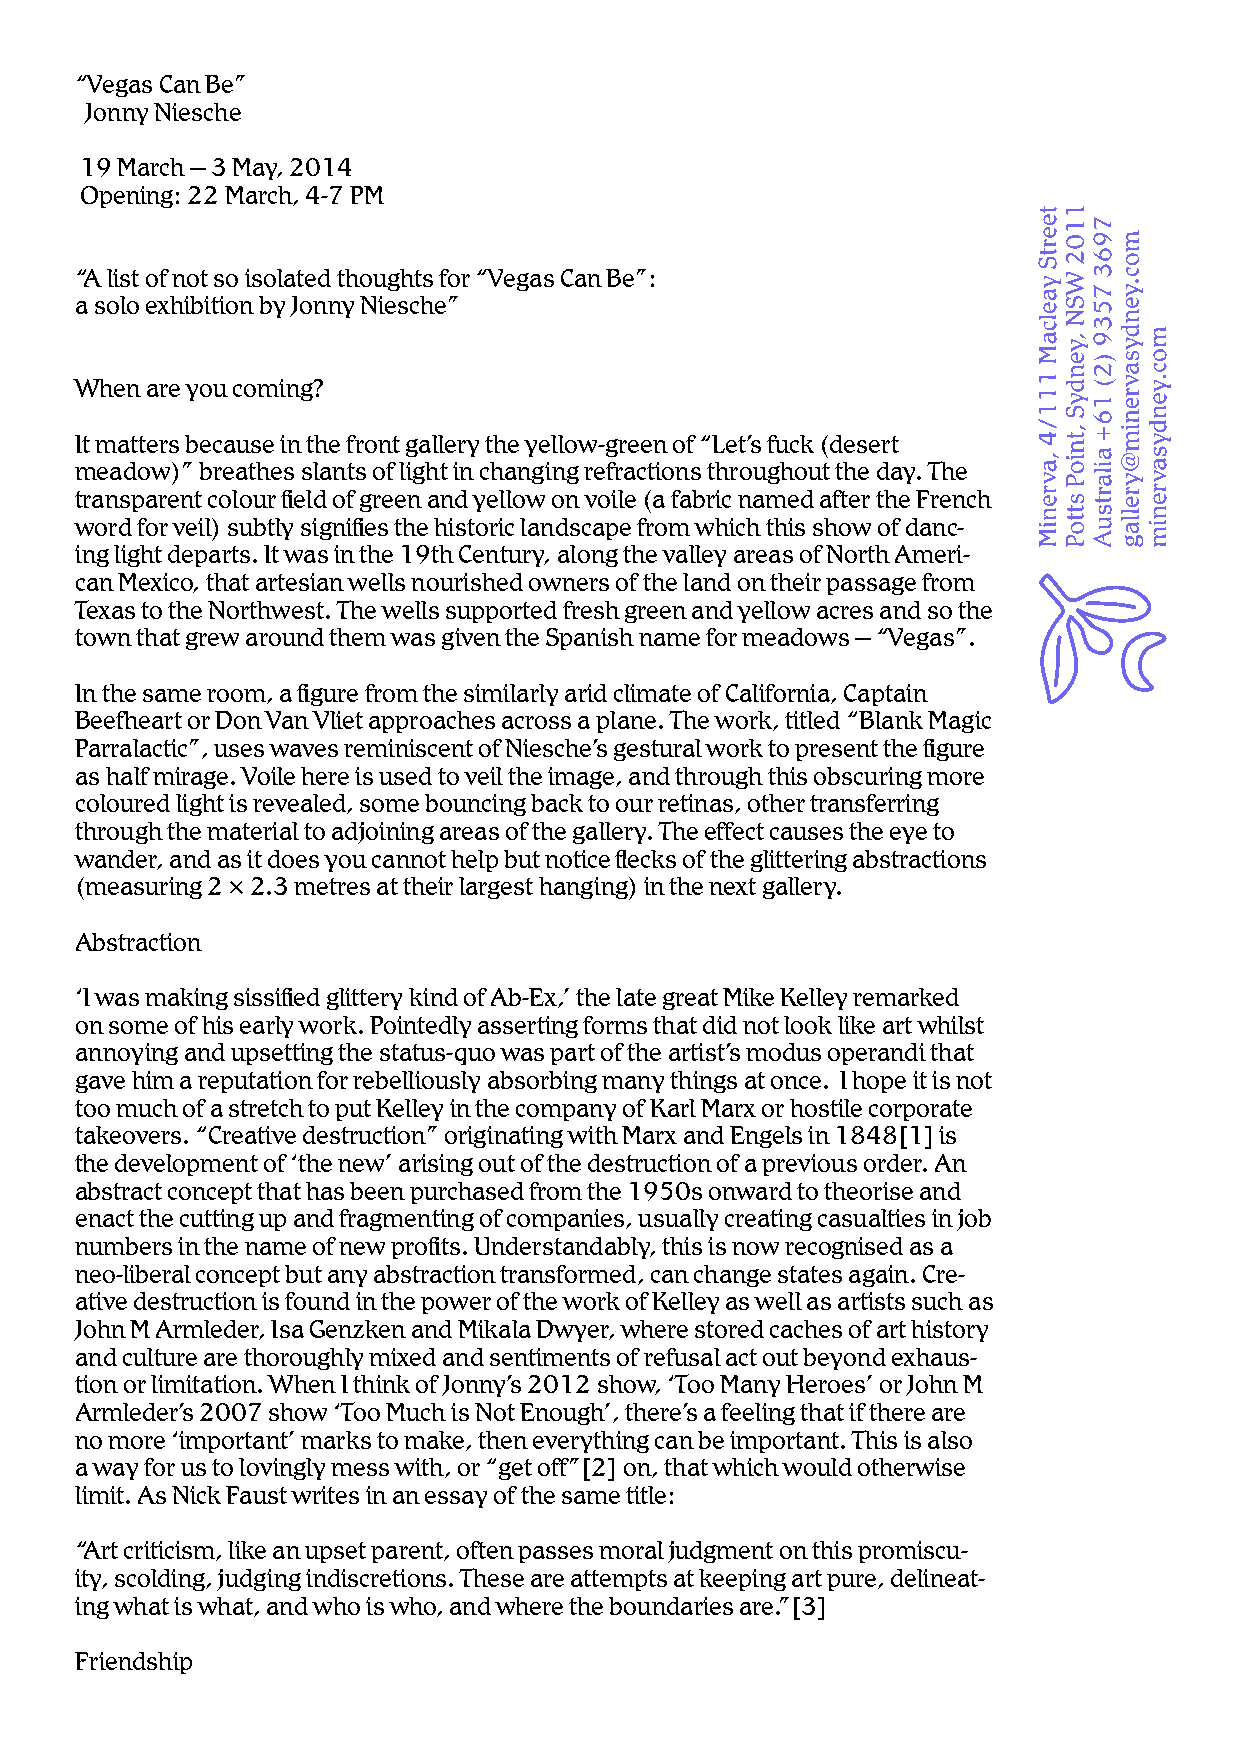
“Vegas Can Be”
 Jonny Niesche
 19 March – 3 May, 2014
 Opening: 22 March, 4-7 PM
 “A list of not so isolated thoughts for “Vegas Can Be”:
 a solo exhibition by Jonny Niesche”
 When are you coming?
 It matters because in the front gallery the yellow-green of “Let’s fuck (desert
 meadow)” breathes slants of light in changing refractions throughout the day. The
 transparent colour field of green and yellow on voile (a fabric named after the French
 word for veil) subtly signifies the historic landscape from which this show of danc-
 ing light departs. It was in the 19th Century, along the valley areas of North Ameri-
 can Mexico, that artesian wells nourished owners of the land on their passage from
 Texas to the Northwest. The wells supported fresh green and yellow acres and so the
 town that grew around them was given the Spanish name for meadows – “Vegas”.
 In the same room, a figure from the similarly arid climate of California, Captain
 Beefheart or Don Van Vliet approaches across a plane. The work, titled “Blank Magic
 Parralactic”, uses waves reminiscent of Niesche’s gestural work to present the figure
 as half mirage. Voile here is used to veil the image, and through this obscuring more
 coloured light is revealed, some bouncing back to our retinas, other transferring
 through the material to adjoining areas of the gallery. The effect causes the eye to
 wander, and as it does you cannot help but notice flecks of the glittering abstractions
 (measuring 2 × 2.3 metres at their largest hanging) in the next gallery.
 Abstraction
 ‘I was making sissified glittery kind of Ab-Ex,’ the late great Mike Kelley remarked
 on some of his early work. Pointedly asserting forms that did not look like art whilst
 annoying and upsetting the status-quo was part of the artist’s modus operandi that
 gave him a reputation for rebelliously absorbing many things at once. I hope it is not
 too much of a stretch to put Kelley in the company of Karl Marx or hostile corporate
 takeovers. “Creative destruction” originating with Marx and Engels in 1848[1] is
 the development of ‘the new’ arising out of the destruction of a previous order. An
 abstract concept that has been purchased from the 1950s onward to theorise and
 enact the cutting up and fragmenting of companies, usually creating casualties in job
 numbers in the name of new profits. Understandably, this is now recognised as a
 neo-liberal concept but any abstraction transformed, can change states again. Cre-
 ative destruction is found in the power of the work of Kelley as well as artists such as
 John M Armleder, Isa Genzken and Mikala Dwyer, where stored caches of art history
 and culture are thoroughly mixed and sentiments of refusal act out beyond exhaus-
 tion or limitation. When I think of Jonny’s 2012 show, ‘Too Many Heroes’ or John M
 Armleder’s 2007 show ‘Too Much is Not Enough’, there’s a feeling that if there are
 no more ‘important’ marks to make, then everything can be important. This is also
 a way for us to lovingly mess with, or “get off”[2] on, that which would otherwise
 limit. As Nick Faust writes in an essay of the same title:
 “Art criticism, like an upset parent, often passes moral judgment on this promiscu-
 ity, scolding, judging indiscretions. These are attempts at keeping art pure, delineat-
 ing what is what, and who is who, and where the boundaries are.”[3]
 Friendship